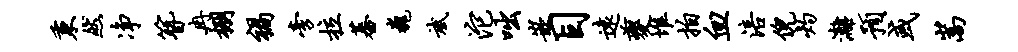
秉然净簪冉棚祸旁拉蕃巍斌沱咄嵌目远夔堆拍血涪倪灼漓预或嵩